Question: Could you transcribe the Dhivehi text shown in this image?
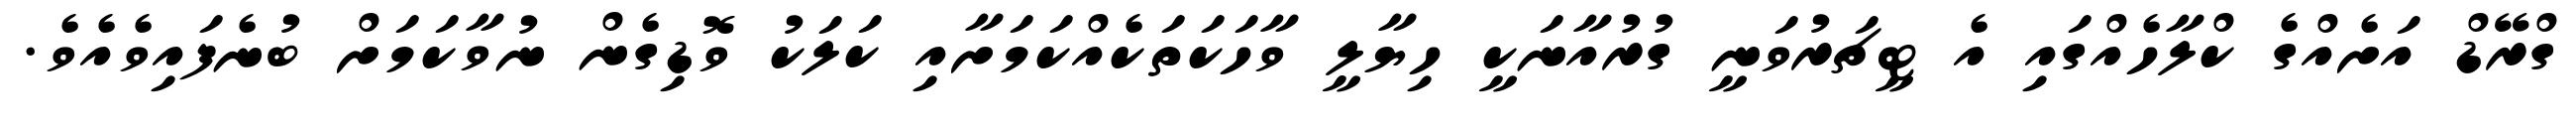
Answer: ގްރޭޑް އަށެއްގެ ކްލާހެއްގައި އެ ޓީޗަރުވަނީ ގުރުއާނަކީ ހިޔާލީ ވާހަކަތަކެއްކަމަށާއި ކަލަކު ވޮޑިގެން ނުވާކަމަށް ބުނެފައިވެއެވެ.